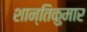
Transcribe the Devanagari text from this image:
शान्तिकुमार